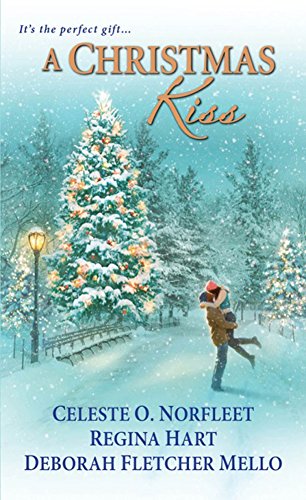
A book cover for A Christmas Kiss; Celeste O. Norfleet; Romance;